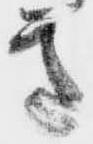
意